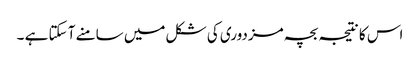
اس کا نتیجہ بچہ مزدوری کی شکل میں سامنے آ سکتا ہے ۔